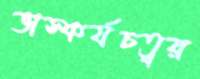
ভাস্কর্যচত্বর